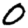
Digit: 0